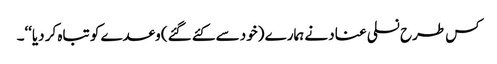
کس طرح نسلی عناد نے ہمارے (خود سے کئے گئے) وعدے کو تباہ کر دیا‘‘۔